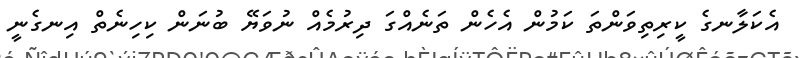
އެކަލާނގެ ކީރިތިވަންތަ ކަމުން އެހެން ތަނެއްގަ ދިރުމެއް ނުވަޔޭ ބުނަން ކިހިނެތް އިނގެނީ